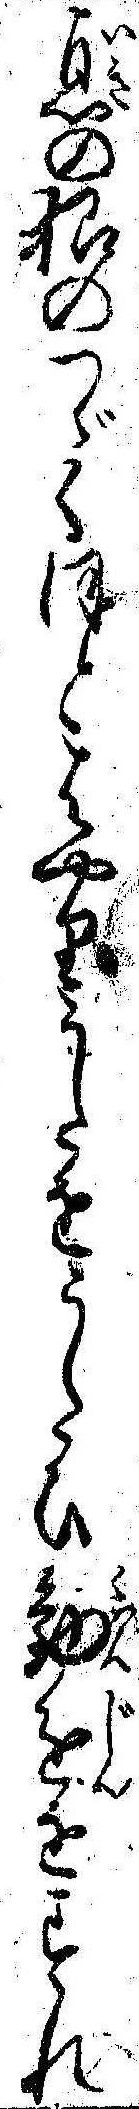
息の根のつゞくほとはやりうたをうたひ勧進をすれ